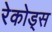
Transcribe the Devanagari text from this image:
रेकोड्स